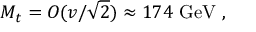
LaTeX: M _ { t } = O ( v / { \sqrt { 2 } } ) \approx 1 7 4 { \mathrm { ~ G e V } } ~ ,